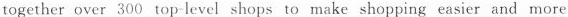
together over 300 top-level shops to make shopping easier and more